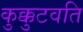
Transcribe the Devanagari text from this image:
कुक्कुटवति